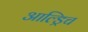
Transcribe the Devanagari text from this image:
आल्ड्रिच